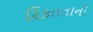
રિકતતાની